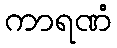
ကာရဏံ